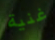
غنية